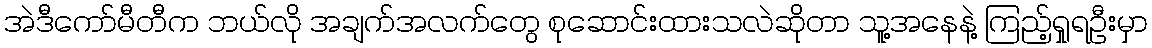
အဲဒီကော်မီတီက ဘယ်လို အချက်အလက်တွေ စုဆောင်းထားသလဲဆိုတာ သူ့အနေနဲ့ ကြည့်ရှုရဦးမှာ